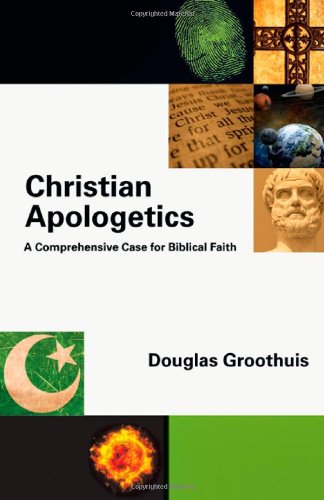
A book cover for Christian Apologetics: A Comprehensive Case for Biblical Faith; Douglas Groothuis; Christian Books & Bibles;